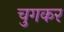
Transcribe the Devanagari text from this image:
चुगकर